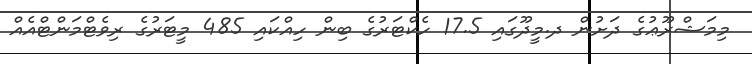
މިމަޝްރޫޢުގެ ދަށުން ދ.މީދޫގައި 17.5 ހެކްޓަރުގެ ބިން ހިއްކައި 485 މީޓަރުގެ ރިވެޓްމަންޓްއެއް